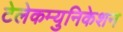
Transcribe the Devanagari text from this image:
टेलेकम्युनिकेशन